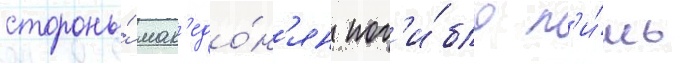
стороны́ мак'едо́н'ян пог'и́бло л'и́шь